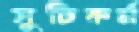
সুচিকর্ম